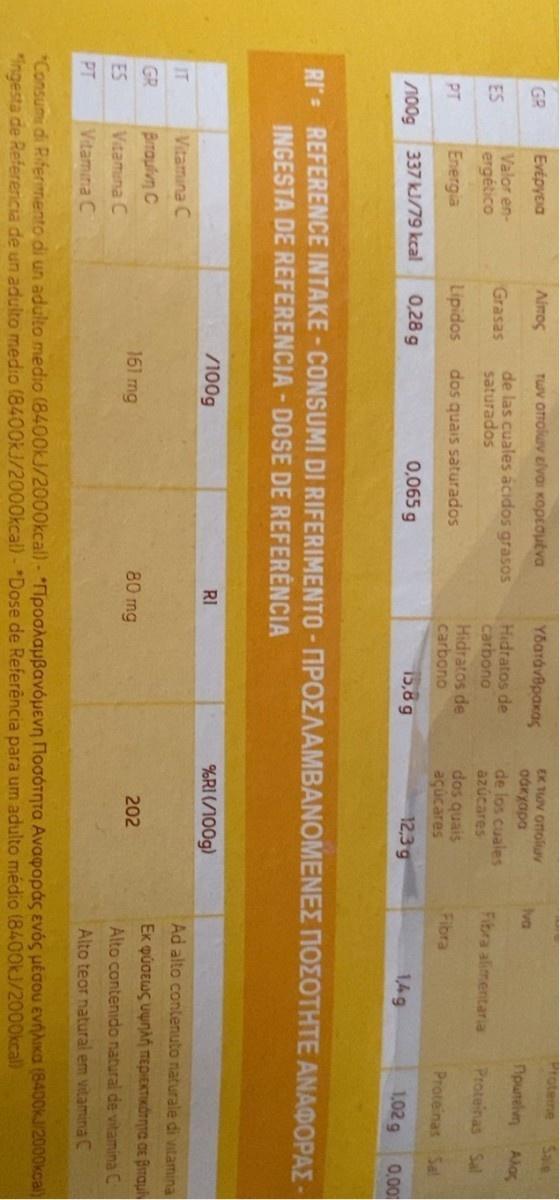
Proteine
Sale
Των οπον είνα κορεσμένα
Ybaráv8paxas
EK TUV onoluv odkyapa
GR
Evépyeia
Aimos
Iva
Npurelvn
Alas
de las cuales ácidos grasos saturados
Hidratos de carbono
de los cuales azúcares
ES
Valor en-
Grasas
Fibra alimentaria
Proteinas Sal
ergético
Hidratos de carbono
dos quais açúcares
PT
Energia
Lipidos
dos quais saturados
Fibra
Proteinas Sa
337KJ/79 kcal
0,28 g
0,065 g
15,8 g
12,3 g
1,49
1,02 g
0,00
100g
RI REFERENCE INTAKE - CONSUMI DI RIFERIMENTO - IPOEAAMBANOMENEE NOZOTHTE ANAOOPAZ- INGESTA DE REFERENCIA - DOSE DE REFERENCIA
/100g
RI
%RI(/100g)
Ad alto contenuto naturale di Vitamina
IT
Vitamina C
GR
Bmaulvn C
161 mg
80 mg
202
Alto contenido natural de vitamina C
ES
Vitamuna C
Alto teor natural em vitamina C
PT
Vitamina C
Consud Riermentο diunadulio medio (8400kJ/2000kcall-Προσλαμβανόμενη Ποσότητα Αναφοράς ενός μέσου ένήλικα 6400k12000cal) "ingesta de Referencia de un adulto medio (8400KJ/2000kcal) - *Dose de Referência para um adulto médio (8400KJ/2000kcal)